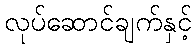
လုပ်ဆောင်ချက်နှင့်